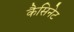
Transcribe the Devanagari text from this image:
कैसिनेट